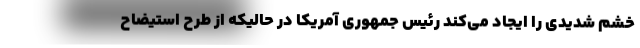
خشم شدیدی را ایجاد می‌کند رئیس جمهوری آمریکا در حالیکه از طرح استیضاح